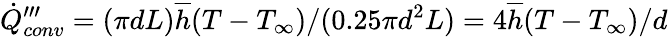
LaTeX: \dot{Q}_{conv}^{\prime\prime\prime}=(\pi dL)\overline{{h}}(T-T_{\infty})/(0.25\pi d^{2}L)=4\overline{{h}}(T-T_{\infty})/d